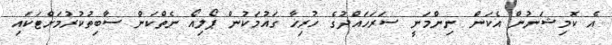
އެ ކޮމިޝަނުން އެކަން ނިންމަނީ ސަރަހައްދުގެ ހުރިހާ ގައުމަކުން ޕޯލިއޯ ނެތްކަން ސާބިތުކުރުމަށްޓަކައި